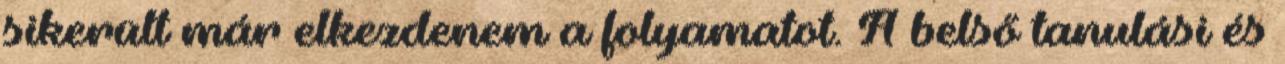
sikerült már elkezdenem a folyamatot. A belső tanulási és